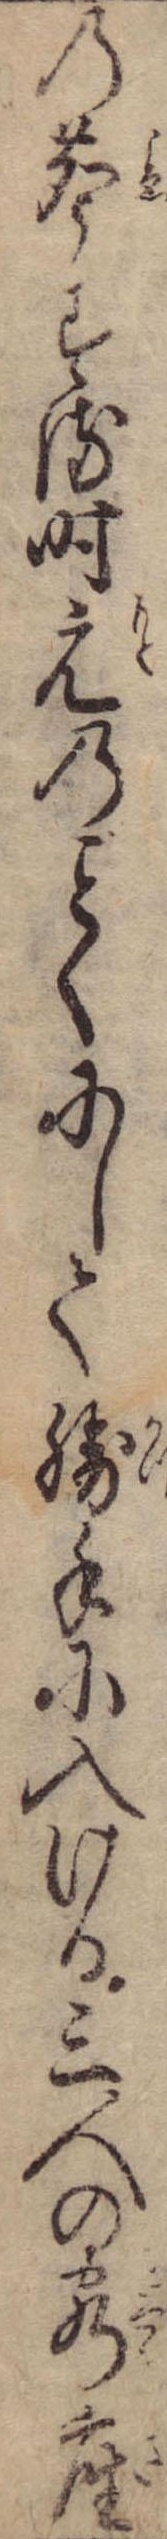
の声する時元のくにして勝手に入ける三人の客座